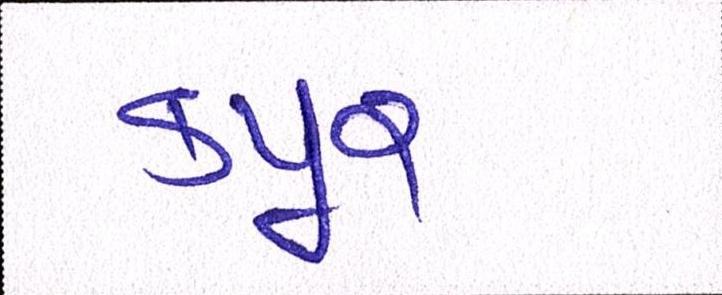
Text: કપૂર